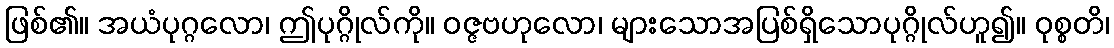
ဖြစ်၏။ အယံပုဂ္ဂလော၊ ဤပုဂ္ဂိုလ်ကို။ ဝဇ္ဇဗဟုလော၊ များသောအပြစ်ရှိသောပုဂ္ဂိုလ်ဟူ၍။ ဝုစ္စတိ၊